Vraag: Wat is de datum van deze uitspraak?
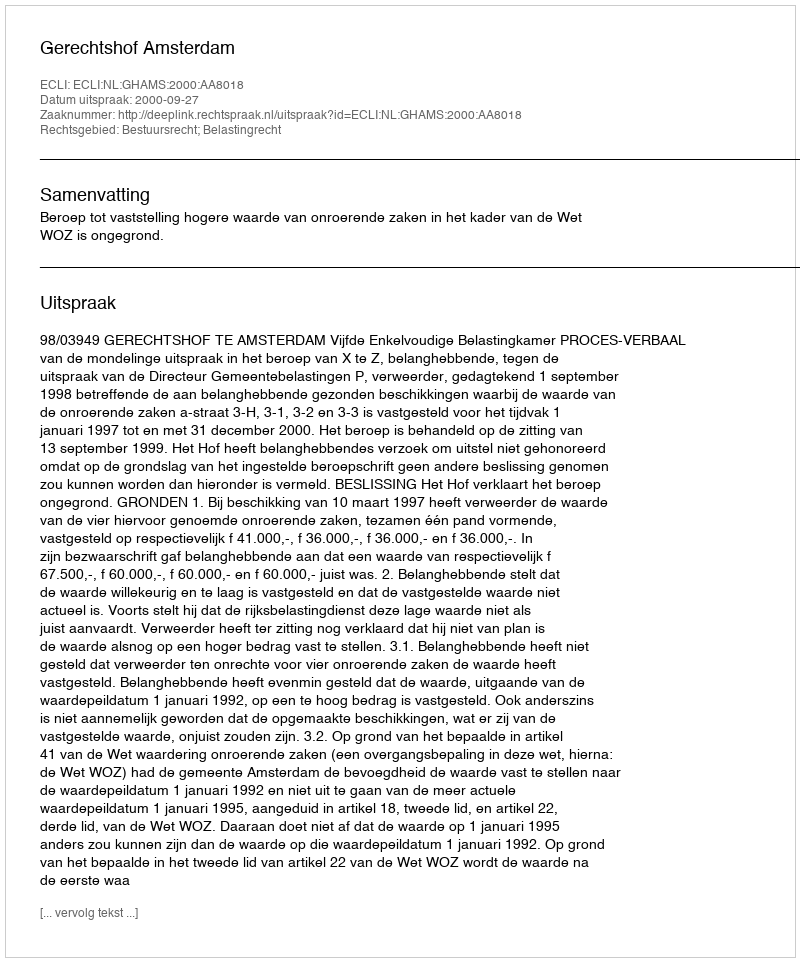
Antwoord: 2000-09-27